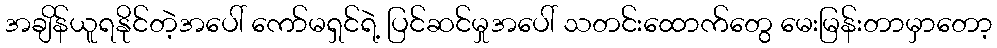
အချိန်ယူရနိုင်တဲ့အပေါ် ကော်မရှင်ရဲ့ ပြင်ဆင်မှုအပေါ် သတင်းထောက်တွေ မေးမြန်းတာမှာတော့